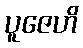
ပူဇေဟိ